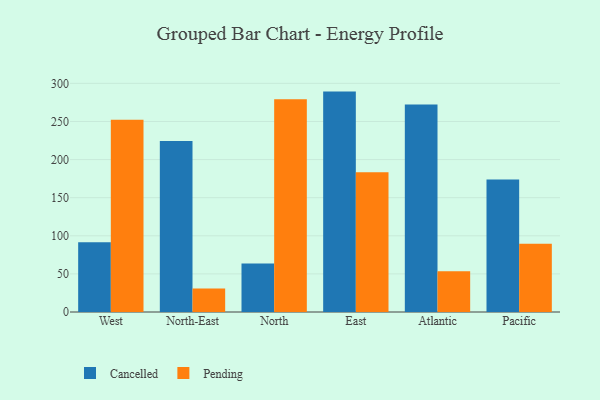
{"axis": {"x": "Region", "y": "Operating Costs (USD K)"}, "legend": ["Cancelled", "Pending"], "data": [{"x": "West", "y": 91.4, "type": "Cancelled"}, {"x": "West", "y": 252.4, "type": "Pending"}, {"x": "North-East", "y": 224.3, "type": "Cancelled"}, {"x": "North-East", "y": 30.7, "type": "Pending"}, {"x": "North", "y": 63.8, "type": "Cancelled"}, {"x": "North", "y": 279.2, "type": "Pending"}, {"x": "East", "y": 289.2, "type": "Cancelled"}, {"x": "East", "y": 183.4, "type": "Pending"}, {"x": "Atlantic", "y": 272.3, "type": "Cancelled"}, {"x": "Atlantic", "y": 53.6, "type": "Pending"}, {"x": "Pacific", "y": 173.9, "type": "Cancelled"}, {"x": "Pacific", "y": 89.6, "type": "Pending"}]}